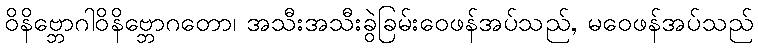
ဝိနိဗ္ဘောဂါဝိနိဗ္ဘောဂတော၊ အသီးအသီးခွဲခြမ်းဝေဖန်အပ်သည်, မဝေဖန်အပ်သည်